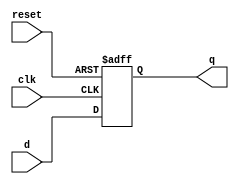
module DFF_with_asynchronous_reset(
   input wire clk,reset,d,
   output reg q
);
always @(posedge clk, posedge reset)
    if (reset)
	q <= 1'b0;
     else 
	q <= d;
endmodule
//test bench
`timescale 1ns / 1ps
module tb_DFF_with_asynchronous_reset;
  reg clk, rst_n;
  reg d;
  wire q;
  
  DFF_with_asynchronous_reset uut(.clk(clk),.reset(rst_n),.d(d), .q(q));
  
  always #2 clk = ~clk;
  initial begin
    clk = 0; rst_n = 0;
    d = 0;
    
    #3 rst_n = 1;
    
    repeat(6) begin
      d = $urandom_range(0, 1);
      #3;
    end
    rst_n = 0; #3;
    rst_n = 1;
    repeat(6) begin
      d = $urandom_range(0, 1);
      #3;
    end
    $finish;
  end
  
  initial begin
    $dumpfile("dump.vcd");
    $dumpvars(1);
  end
endmodule